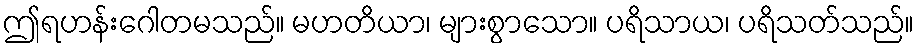
ဤရဟန်းဂေါတမသည်။ မဟတိယာ၊ များစွာသော။ ပရိသာယ၊ ပရိသတ်သည်။